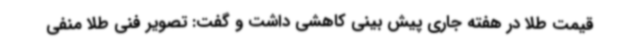
قیمت طلا در هفته جاری پیش بینی کاهشی داشت و گفت: تصویر فنی طلا منفی